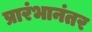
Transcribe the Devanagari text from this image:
प्रारंभानंतर